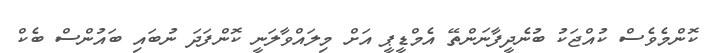
ކޮންމެވެސް ކުއްޖަކު ބުނެދީފާނަންތޭ އެމްޑީޕީ އަށް މިލައްވާލަނީ ކޮންފަދަ ނުބަައި ބައުންސް ބެކް